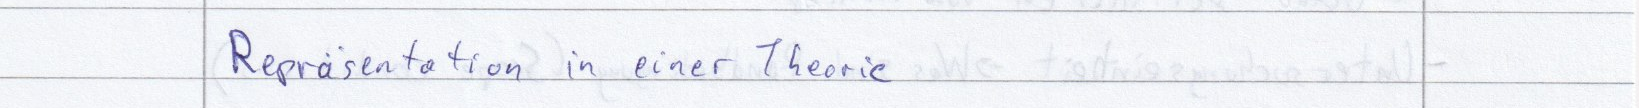
Repräsentation in einer Theorie